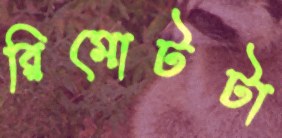
রিমোটটা